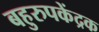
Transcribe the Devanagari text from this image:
बहुरुपकेंद्रक